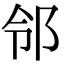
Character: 邻